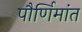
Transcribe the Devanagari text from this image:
पौर्णिमांत